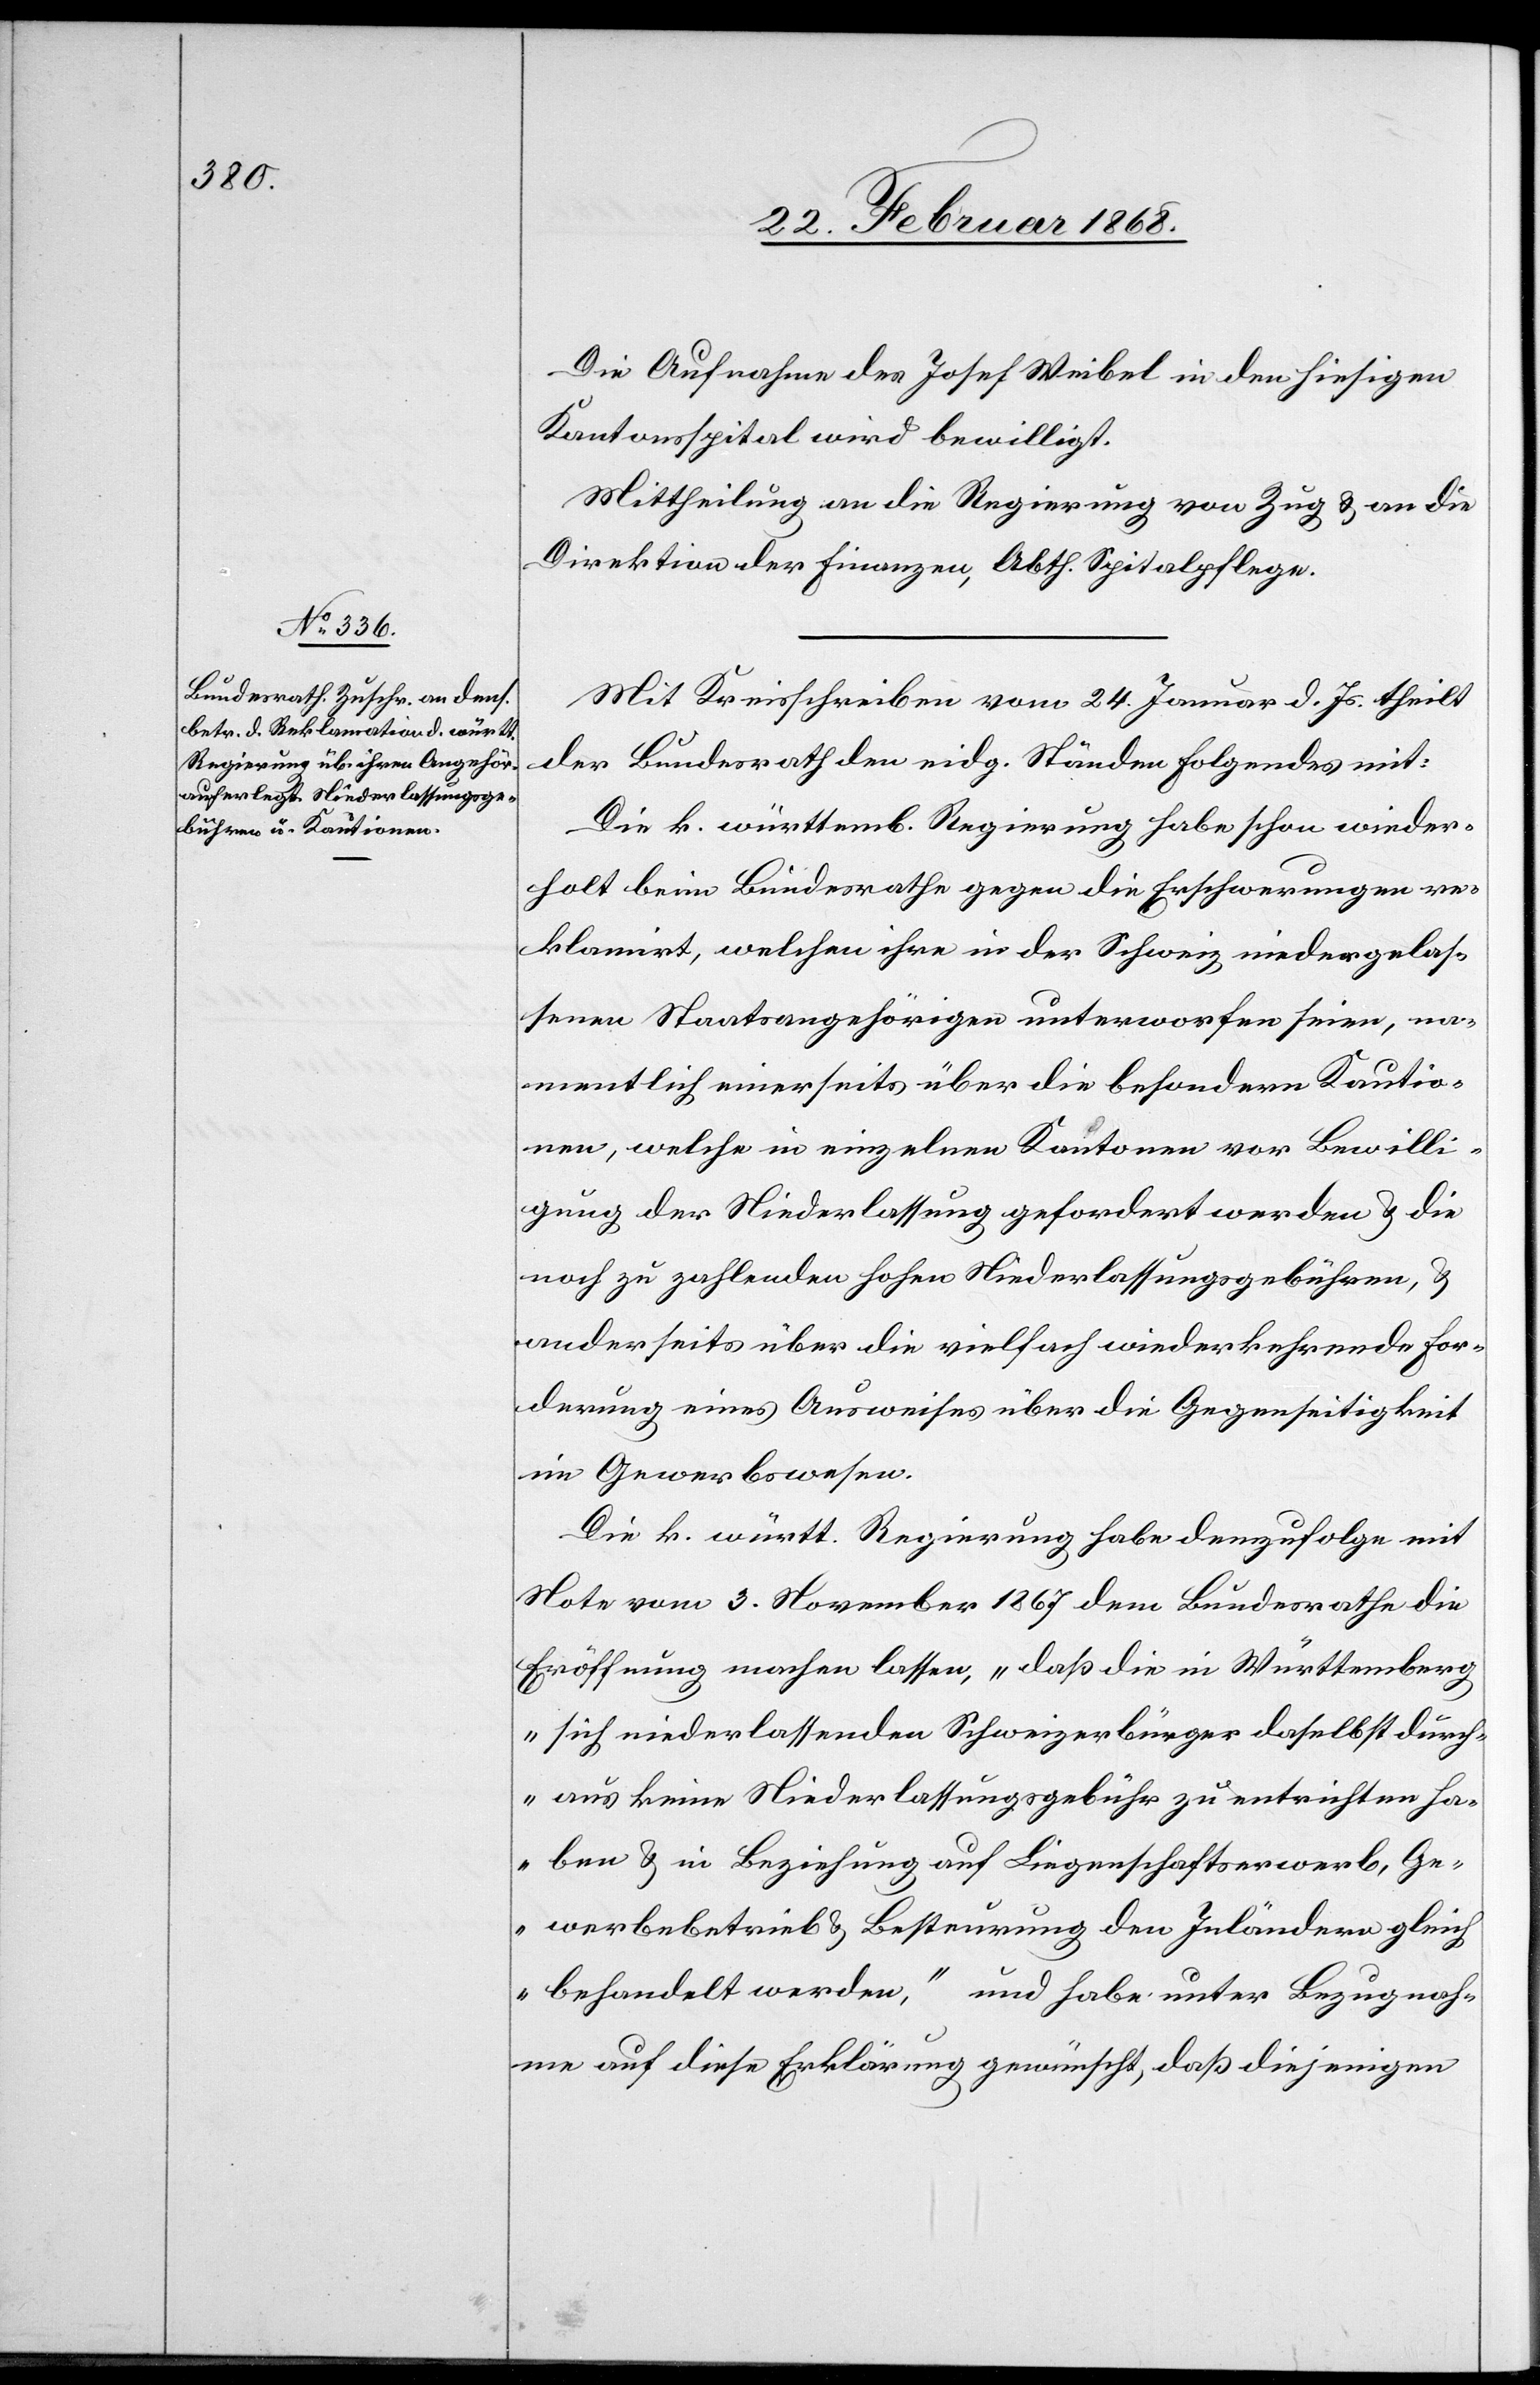
Die Aufnahme des Josef Weibel in den hiesigen
Kantonsspital wird bewilligt.
Mittheilung an die Regierung von Zug & an die
Direktion der Finanzen, Abth. Spitalpflege.
Mit Kreisschreiben vom 24. Januar d. Js. theilt
der Bundesrath den eidg. Ständen Folgendes mit:
Die k. württemb. Regierung habe schon wieder¬
holt beim Bundesrathe gegen die Erschwerungen re¬
klamirt, welchen ihre in der Schweiz niedergelas¬
senen Staatsangehörigen unterworfen seien, na¬
mentlich einerseits über die besondern Kautio¬
nen, welche in einzelnen Kantonen vor Bewilli¬
gung der Niederlassung gefordert werden & die
noch zu zahlenden hohen Niederlassungsgebühren, &
anderseits über die vielfach wiederkehrende For¬
derung eines Ausweises über die Gegenseitigkeit
im Gewerbswesen.
Die k. württ. Regierung habe demzufolge mit
Note vom 3. November 1867 dem Bundesrathe die
Eröffnung machen lassen, „daß die in Württemberg
sich niederlassenden Schweizerbürger daselbst durch¬
aus keine Niederlassungsgebühr zu entrichten ha¬
ben & in Beziehung auf Liegenschaftserwerb, Ge¬
werbebetrieb & Besteurung den Inländern gleich
behandelt werden,“ und habe unter Bezugnah¬
me auf diese Erklärung gewünscht, daß diejenigen